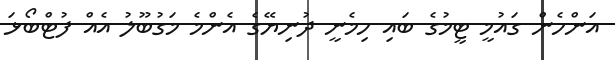
އަންހެން ގައުމީ ޓީމުގެ ބައި ހިމެނީ ދުނިޔޭގެ އެންމެ މަގުބޫލު އެއް ފުޓްބޯޅަ